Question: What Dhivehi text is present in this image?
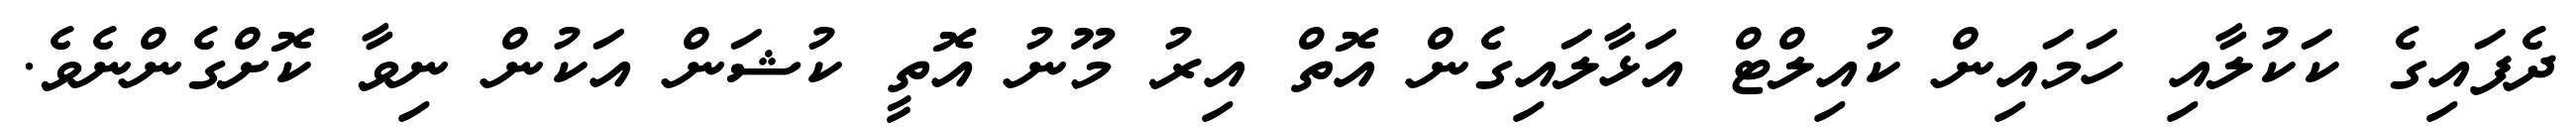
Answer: ދެފައިގެ ކަކުލާއި ހަމައިން ކުއިލްޓް އަޅާލައިގެން އޮތް އިރު މޫނު އޮތީ ކުޝަން އަކުން ނިވާ ކޮށްގެންނެވެ.